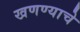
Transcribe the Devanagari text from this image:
खणण्याचे